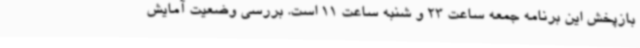
بازپخش این برنامه جمعه ساعت 23 و شنبه ساعت 11 است. بررسی وضعیت آمایش